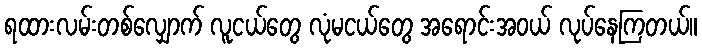
ရထားလမ်းတစ်လျှောက် လူငယ်တွေ လုံမငယ်တွေ အရောင်းအဝယ် လုပ်နေကြတယ်။